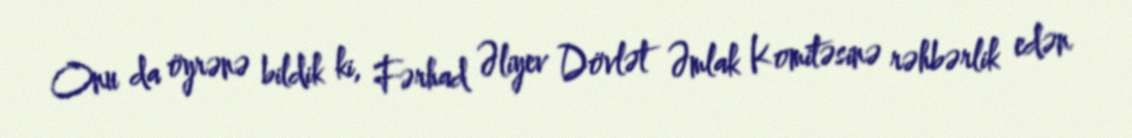
Onu da öyrənə bildik ki, Fərhad Əliyev Dövlət Əmlak Komitəsinə rəhbərlik edən